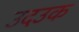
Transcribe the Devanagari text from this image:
उदउक